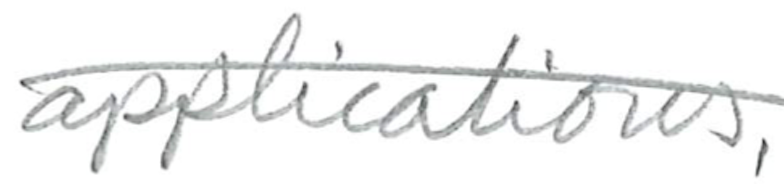
Text: applications,
Cross-out: diagonal
Writing tool: pencil